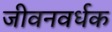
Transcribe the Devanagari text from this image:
जीवनवर्धक